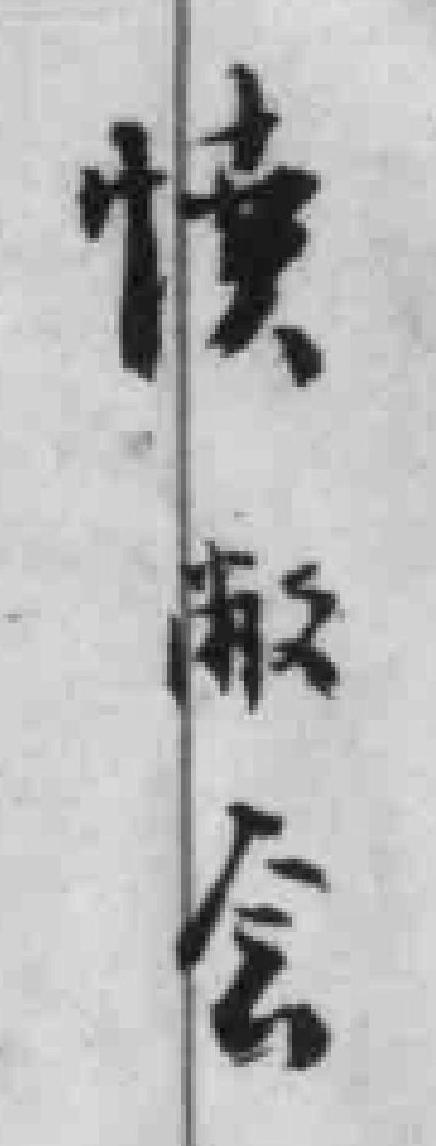
愤敝会